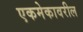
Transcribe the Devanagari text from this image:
एकमेकावरील